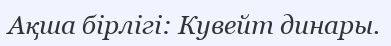
Ақша бірлігі: Кувейт динары.